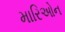
મારિઓન